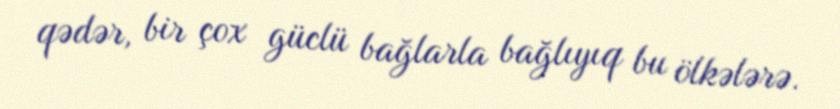
qədər, bir çox güclü bağlarla bağlıyıq bu ölkələrə.